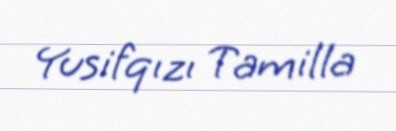
Yusifqızı Tamilla